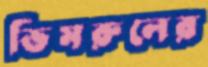
ভিমরুলের